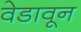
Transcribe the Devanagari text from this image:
वेडावून